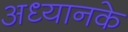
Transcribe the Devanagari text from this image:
अध्यानके